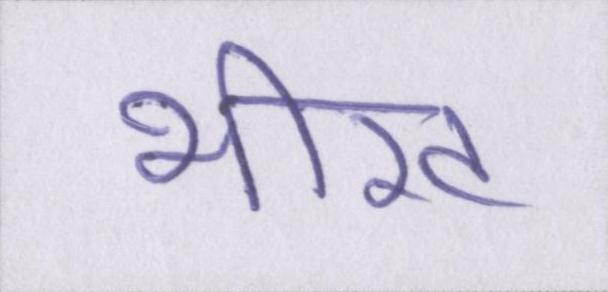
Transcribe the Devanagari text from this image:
भीख